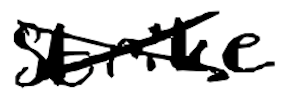
Text: strike
Cross-out: cross
Writing tool: digital_black